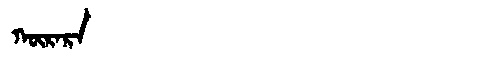
Manchu: ᡴᡡᡵᠠᡵᠠ
Romanization: KŪRARA